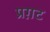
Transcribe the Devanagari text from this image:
प्रग़ट